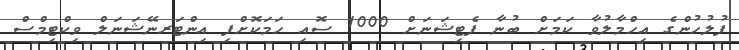
ފުލުހުންގެ އިހްމާލުވާ ކަމަށް ބުނާ ފެޓިޝަނަށް 1000 ސޮއި ހަމަކޮށްފި އިންޓަރނޭޝަނަލް ވިކްޓިމްސް